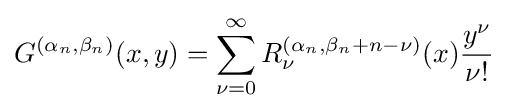
G^{\left(\alpha _{n},\beta _{n}\right)}(x,y)=\sum _{\nu =0}^{\infty }R_{\nu }^{\left(\alpha _{n},\beta _{n}+n-\nu \right)}(x){\frac {y^{\nu }}{\nu !}}